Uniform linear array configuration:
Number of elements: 16
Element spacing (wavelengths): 0.25
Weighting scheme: uniform
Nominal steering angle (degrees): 45
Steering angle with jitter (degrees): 46.678
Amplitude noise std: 0.05
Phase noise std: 0.05

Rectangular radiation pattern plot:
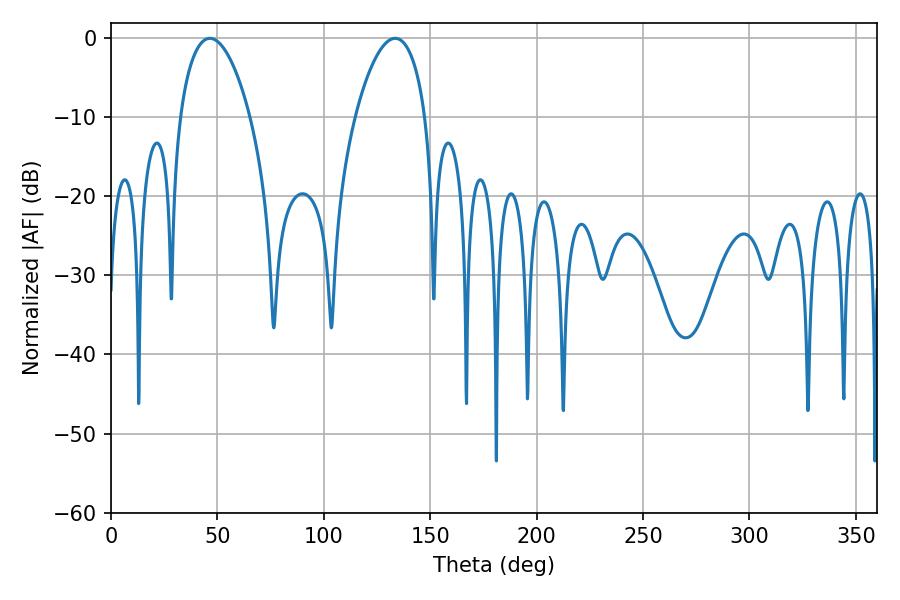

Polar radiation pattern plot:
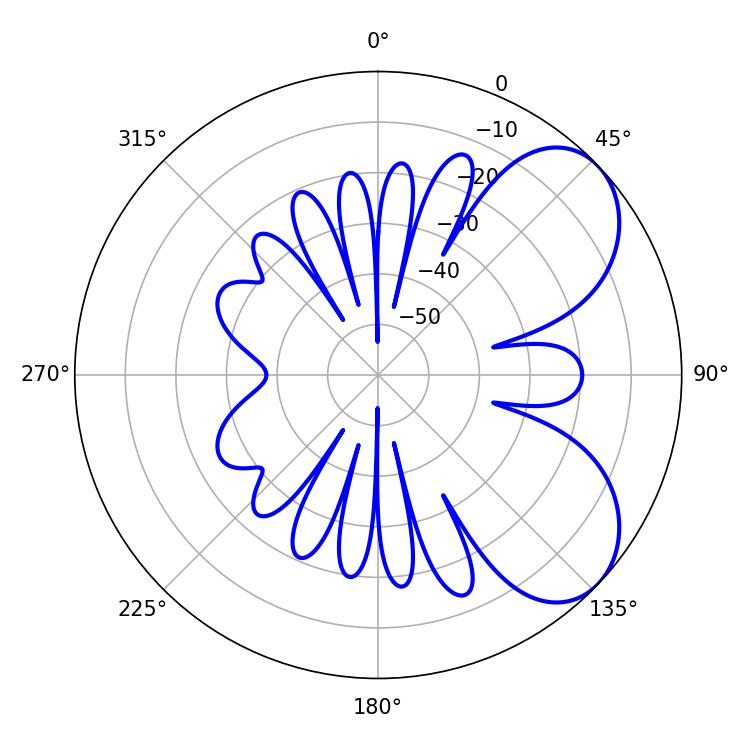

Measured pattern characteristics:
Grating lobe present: FALSE
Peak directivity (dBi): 5.982
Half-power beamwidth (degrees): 18.54
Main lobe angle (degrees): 46.44